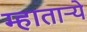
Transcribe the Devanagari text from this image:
म्हातार्‍ये